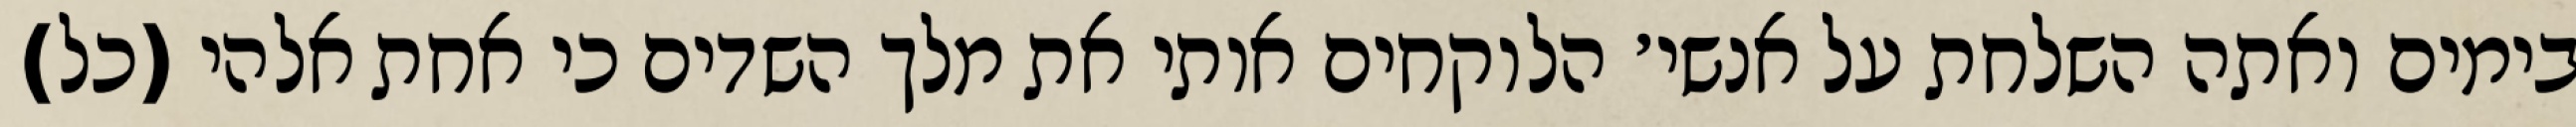
בימים ואתה השלחת על אנשי׳ הלוקחים אותי את מלך השדים כי אחת אלהי (כל)